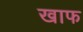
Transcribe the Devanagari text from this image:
खाफ